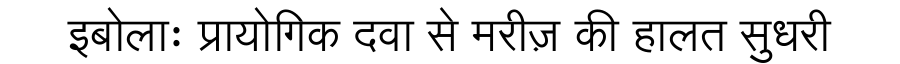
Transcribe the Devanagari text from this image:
इबोलाः प्रायोगिक दवा से मरीज़ की हालत सुधरी